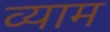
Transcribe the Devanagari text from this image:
व्याम